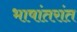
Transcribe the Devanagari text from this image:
भाषांतरांत